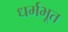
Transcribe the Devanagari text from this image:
धर्मभूत